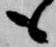
も